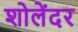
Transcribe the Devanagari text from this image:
शोलेंदर